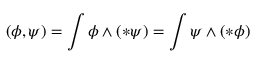
( \phi , \psi ) = \int \phi \wedge ( * \psi ) = \int \psi \wedge ( * \phi )